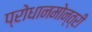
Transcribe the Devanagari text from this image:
प्रोधानमोन्त्री